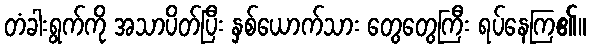
တံခါးရွက်ကို အသာပိတ်ပြီး နှစ်ယောက်သား တွေတွေကြီး ရပ်နေကြ၏။